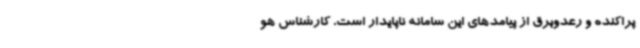
پراکنده و رعدوبرق از پیامدهای این سامانه ناپایدار است. کارشناس هو